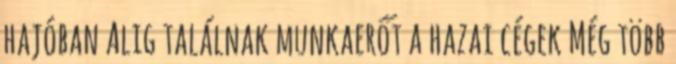
hajóban Alig találnak munkaerőt a hazai cégek Még több